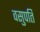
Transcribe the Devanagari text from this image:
वसुपति